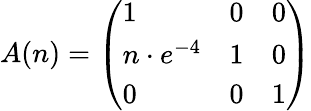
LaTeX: A(n)=\left(\begin{array}{lll}{1}&{0}&{0}\\ {n\cdot e^{-4}}&{1}&{0}\\ {0}&{0}&{1}\end{array}\right)